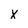
Character: X